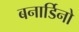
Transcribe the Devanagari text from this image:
बनार्डिनो